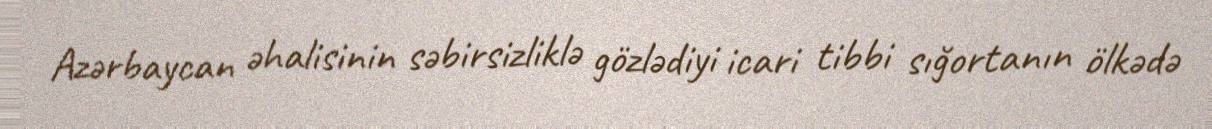
Azərbaycan əhalisinin səbirsizliklə gözlədiyi icari tibbi sığortanın ölkədə